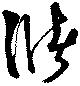
儲